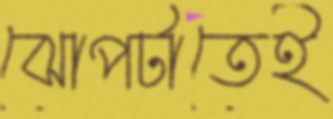
ঝোপটাতেই